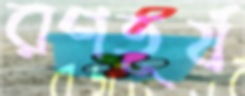
রণতূর্য